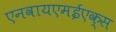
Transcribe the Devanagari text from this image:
एनवायएमईएक्स